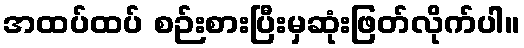
အထပ်ထပ် စဉ်းစားပြီးမှဆုံးဖြတ်လိုက်ပါ။